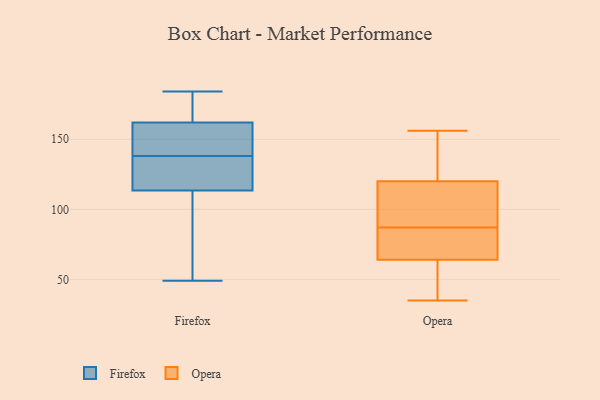
{"axis": {"x": "Humidity (%)", "y": "Value"}, "legend": ["Firefox", "Opera"], "data": [{"x": "", "y": 157, "type": "Firefox"}, {"x": "", "y": 181, "type": "Firefox"}, {"x": "", "y": 138, "type": "Firefox"}, {"x": "", "y": 130, "type": "Firefox"}, {"x": "", "y": 108, "type": "Firefox"}, {"x": "", "y": 49, "type": "Firefox"}, {"x": "", "y": 138, "type": "Firefox"}, {"x": "", "y": 156, "type": "Firefox"}, {"x": "", "y": 184, "type": "Firefox"}, {"x": "", "y": 74, "type": "Firefox"}, {"x": "", "y": 159, "type": "Firefox"}, {"x": "", "y": 91, "type": "Firefox"}, {"x": "", "y": 138, "type": "Firefox"}, {"x": "", "y": 163, "type": "Firefox"}, {"x": "", "y": 183, "type": "Firefox"}, {"x": "", "y": 154, "type": "Opera"}, {"x": "", "y": 35, "type": "Opera"}, {"x": "", "y": 84, "type": "Opera"}, {"x": "", "y": 67, "type": "Opera"}, {"x": "", "y": 44, "type": "Opera"}, {"x": "", "y": 87, "type": "Opera"}, {"x": "", "y": 105, "type": "Opera"}, {"x": "", "y": 89, "type": "Opera"}, {"x": "", "y": 156, "type": "Opera"}, {"x": "", "y": 63, "type": "Opera"}, {"x": "", "y": 125, "type": "Opera"}]}